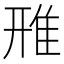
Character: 雃